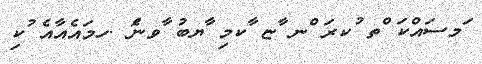
ަމސައްކަ ްތ ުކރަ ްނ ާޏ ާކމި ާޔބު ާވނެަ .ހމައެއާއެ ުކި